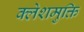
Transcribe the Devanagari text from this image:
क्लेशमुक्ति